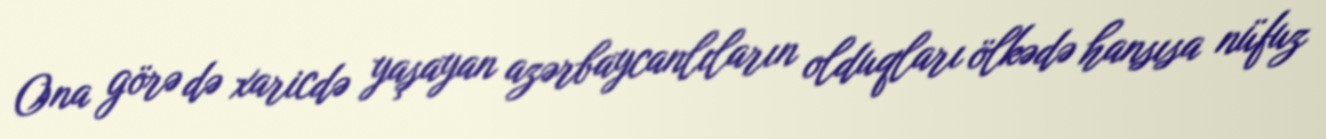
Ona görə də xaricdə yaşayan azərbaycanlıların olduqları ölkədə hansısa nüfuz